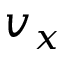
v _ { x }